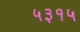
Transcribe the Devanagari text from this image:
५३१५